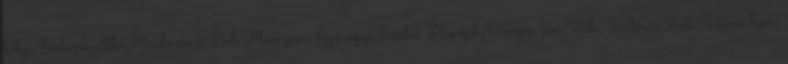
Olgi,.Balogh Albi,Madarász Lali,.Magyari Gyöngyi,Szabó Margit,.Varga Juci.Üdv, Kalászi Kati. Visszalépés